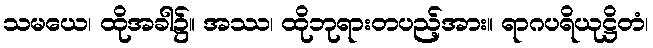
သမယေ၊ ထိုအခါ၌။ အဿ၊ ထိုဘုရားတပည့်အား။ ရာဂပရိယုဋ္ဌိတံ၊